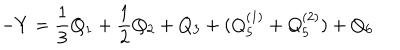
LaTeX: - Y = \frac { 1 } { 3 } Q _ { 1 } + \frac { 1 } { 2 } Q _ { 2 } + Q _ { 3 } + ( Q _ { 5 } ^ { ( 1 ) } + Q _ { 5 } ^ { ( 2 ) } ) + Q _ { 6 }